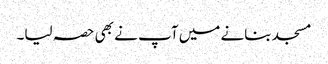
مسجد بنانے میں آپ نے بھی حصہ لیا۔